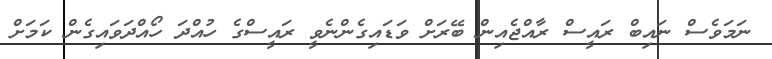
ނަމަވެސް ނައިބް ރައީސް ރާއްޖެއިން ބޭރަށް ވަޑައިގެންނެވީ ރައީސްގެ ހުއްދަ ހޯއްދަވައިގެން ކަމަށް